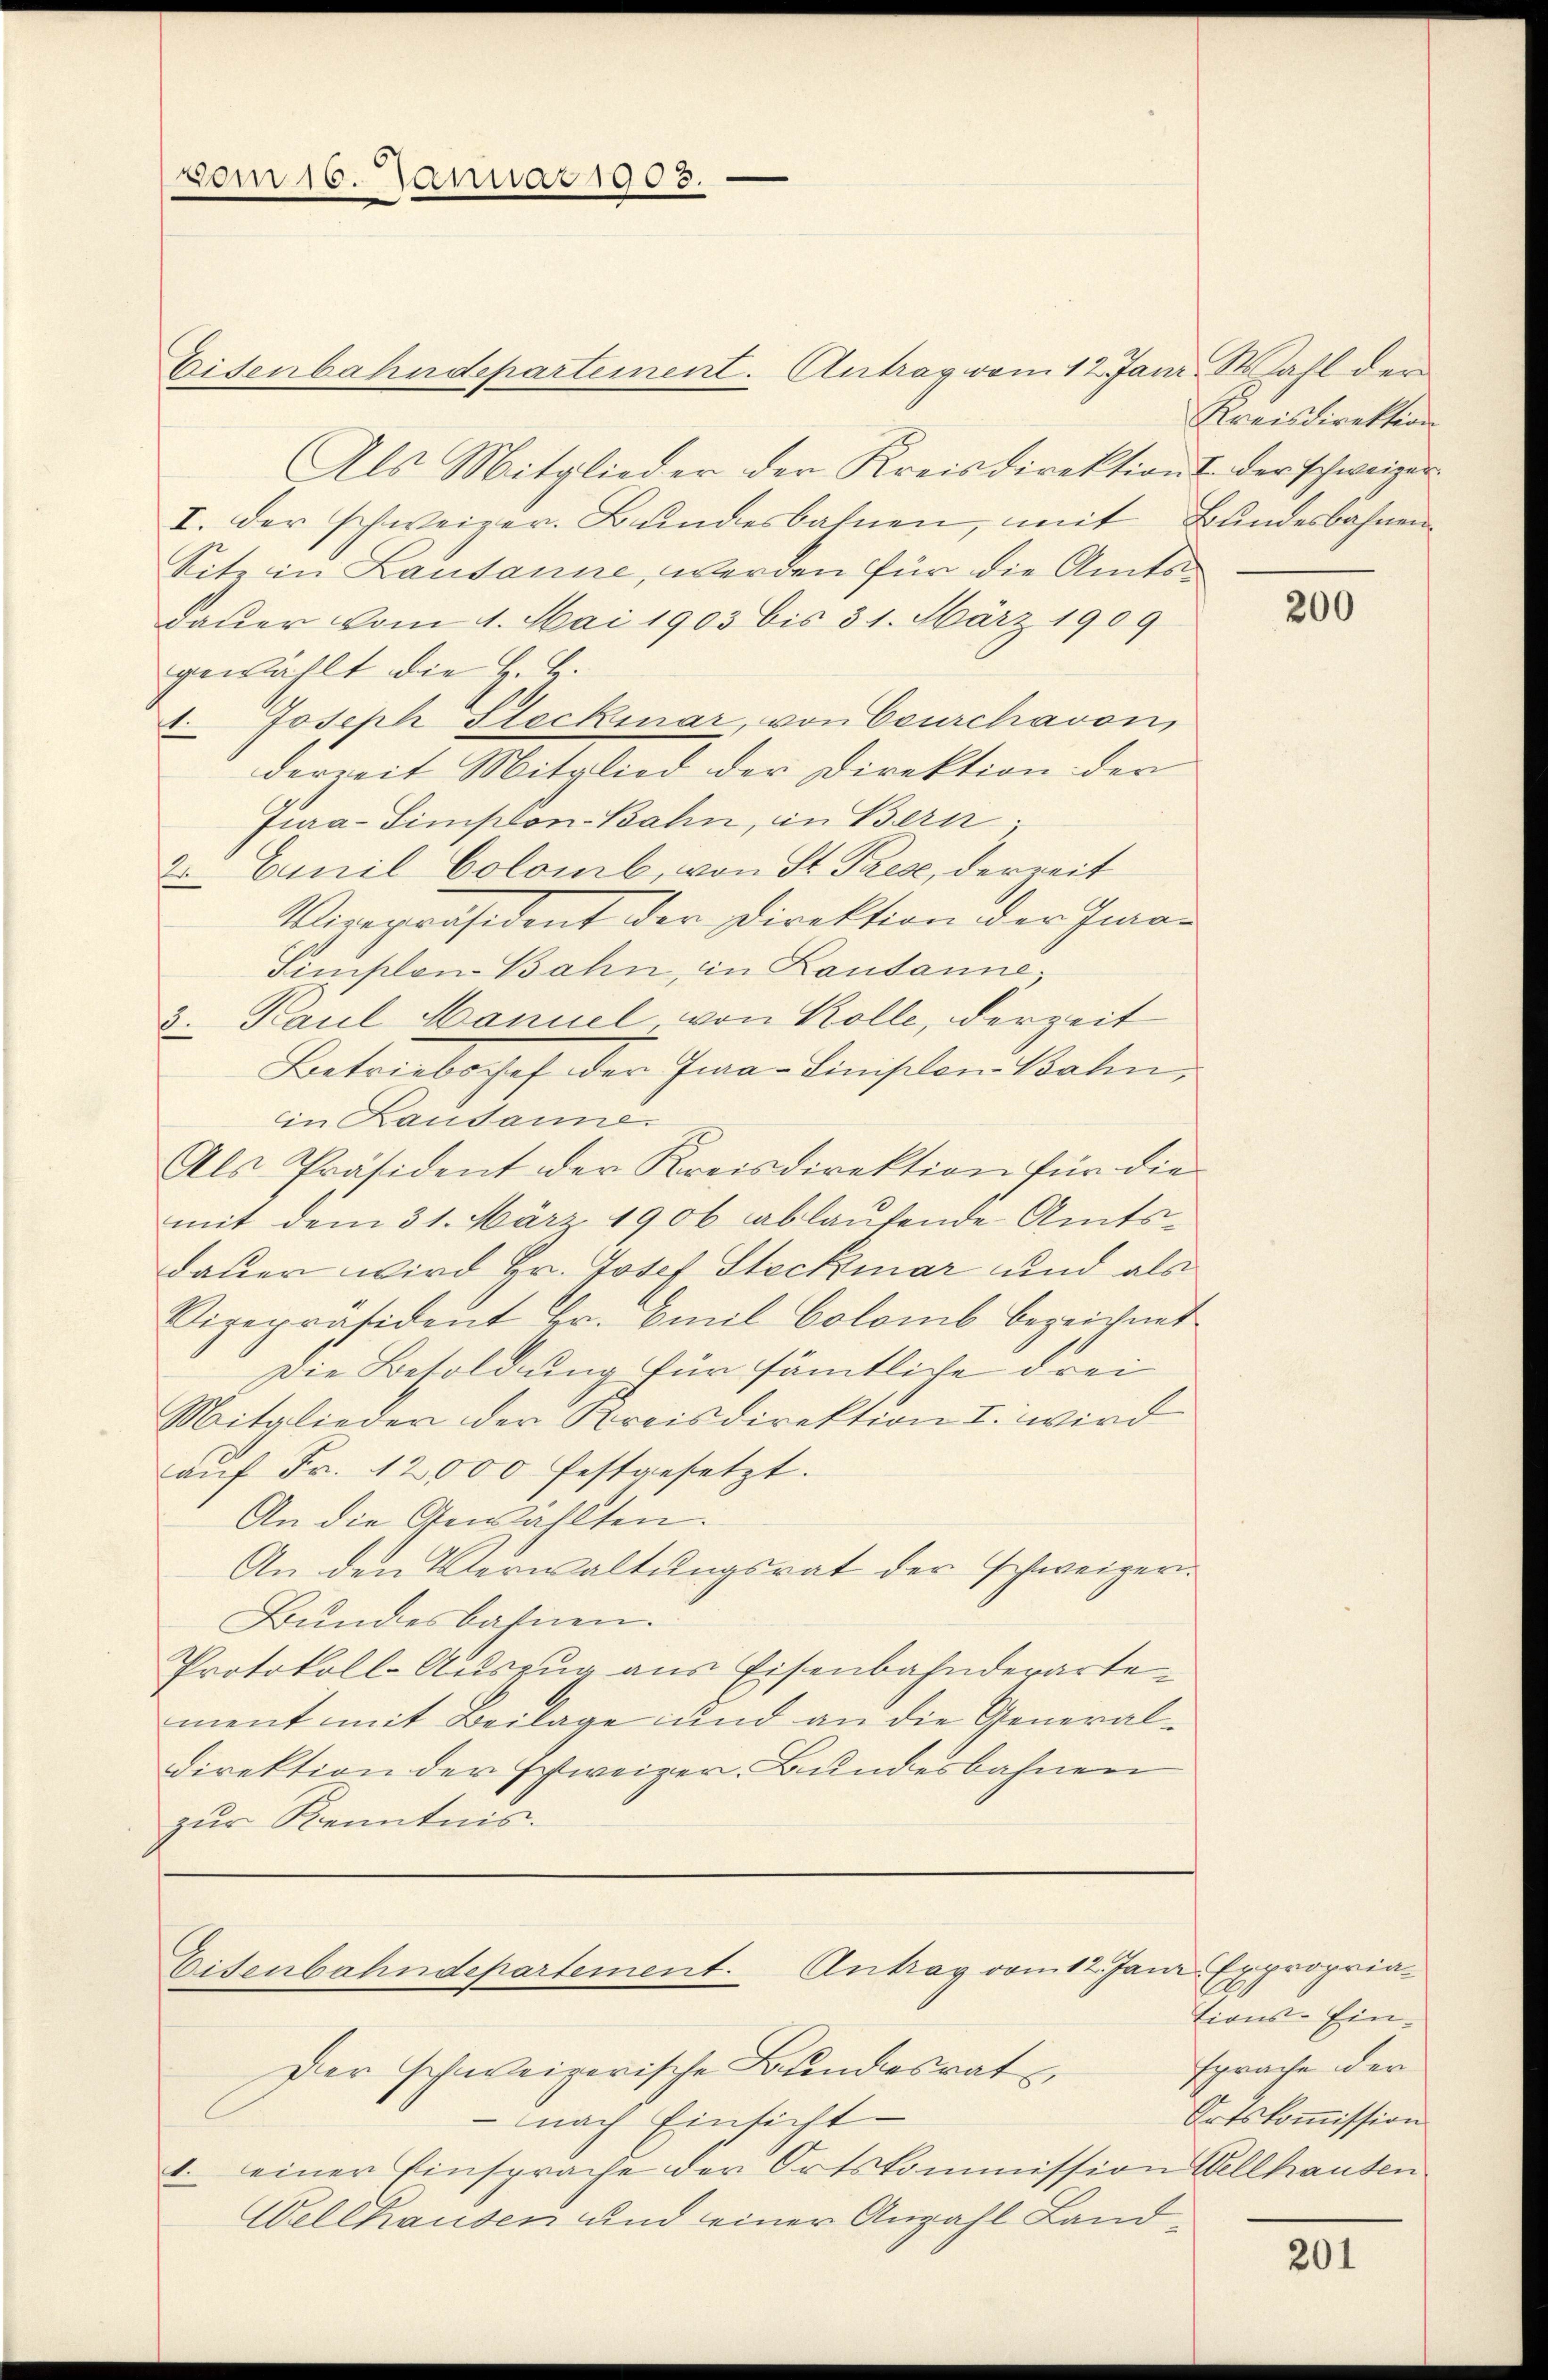
vom 16. Januar 1903.

Eisenbahndepartement. Antrag vom 12. Janr. Wahl der
Als Mitglieder der Kreisdirektions der schweizer
I. der schweizer. Bundesbahnen, mit Bundesbahnen
Sitz in Lausanne, werden für die Amtsdauer vom 1. Mai 1903 bis 31. März 1909
gewählt die H. B.
 Joseph Steckinar, von Courchavon,
derzeit Mitglied der Direktion der
Tura-Simplon-Bahn, in Bern
2 Cunil Colomb, von St. Prese, derseit
Vizepräsident der Direktion der Iraar
Simplon-Bahn, in Lausanne,
3. Paul Manuel, von Kolle, derzeit
Betriebochef der Fraaz Tinisten Bahn,
in Lausanne.
Als Präsident der Kreisdirektion für die
mit dem 31. März 1906 ablaufende Amtsdauer wird Hr. Josef Steckmar und als
Vizepräsident Hr. Emil Colomb bezeignet
Die Besoldung für sämtliche Frei
Mitglieder der Kreisdirektion I. wird
aŭf Fr. 12000 festgesetzt.
An die Gewählten.
An den Verwaltŭngsrat der schweigern
Bundesbahnen.
Protokoll-Auszug aus Eisenbahnderartement mit Beilage und an die General¬
Direktion der schweizer. Bundesbahnen
zur Kenntnis.

Eisenbahndepartement. Antrag vom 12. Janr. Expropria-

Der schweizerische Bundesrat
nach Einsicht
1. einer Einsprache der Ortskommission Wellhausen
Wellhausen und einer Anzahl Land¬

Kreisdirektion

200

tions-Einsprache der
Ortskommission

201